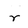
Character: r